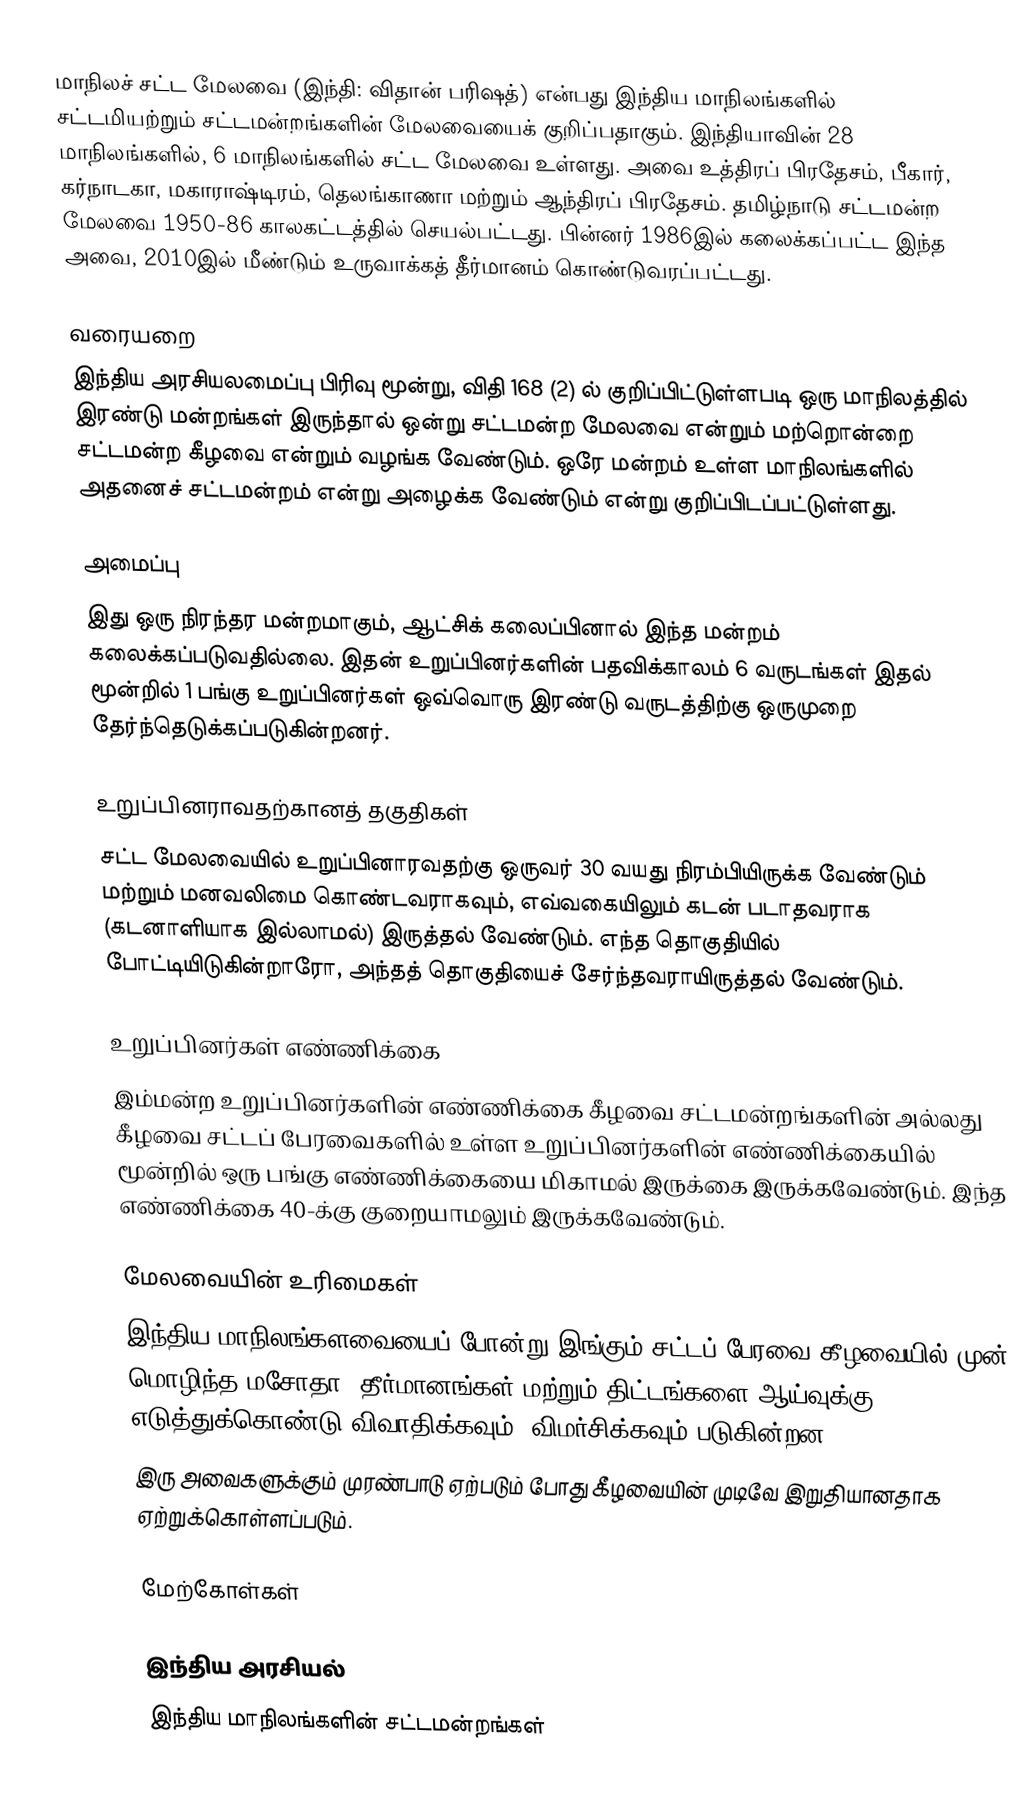
மாநிலச் சட்ட மேலவை (இந்தி: விதான் பரிஷத்) என்பது இந்திய மாநிலங்களில் சட்டமியற்றும் சட்டமன்றங்களின் மேலவையைக் குறிப்பதாகும். இந்தியாவின் 28 மாநிலங்களில், 6 மாநிலங்களில் சட்ட மேலவை உள்ளது. அவை உத்திரப் பிரதேசம், பீகார், கர்நாடகா, மகாராஷ்டிரம், தெலங்காணா மற்றும் ஆந்திரப் பிரதேசம். தமிழ்நாடு சட்டமன்ற மேலவை 1950-86 காலகட்டத்தில் செயல்பட்டது. பின்னர் 1986இல் கலைக்கப்பட்ட இந்த அவை, 2010இல் மீண்டும் உருவாக்கத் தீர்மானம் கொண்டுவரப்பட்டது.

வரையறை
இந்திய அரசியலமைப்பு பிரிவு மூன்று, விதி 168 (2) ல் குறிப்பிட்டுள்ளபடி ஒரு மாநிலத்தில் இரண்டு மன்றங்கள் இருந்தால் ஒன்று சட்டமன்ற மேலவை என்றும் மற்றொன்றை சட்டமன்ற கீழவை என்றும் வழங்க வேண்டும். ஒரே மன்றம் உள்ள மாநிலங்களில் அதனைச் சட்டமன்றம் என்று அழைக்க வேண்டும் என்று குறிப்பிடப்பட்டுள்ளது.

அமைப்பு
இது ஒரு நிரந்தர மன்றமாகும், ஆட்சிக் கலைப்பினால் இந்த மன்றம் கலைக்கப்படுவதில்லை. இதன் உறுப்பினர்களின் பதவிக்காலம் 6 வருடங்கள் இதல் மூன்றில் 1 பங்கு உறுப்பினர்கள் ஒவ்வொரு இரண்டு வருடத்திற்கு ஒருமுறை தேர்ந்தெடுக்கப்படுகின்றனர்.

உறுப்பினராவதற்கானத் தகுதிகள்
சட்ட மேலவையில் உறுப்பினாரவதற்கு ஒருவர் 30 வயது நிரம்பியிருக்க வேண்டும் மற்றும் மனவலிமை கொண்டவராகவும், எவ்வகையிலும் கடன் படாதவராக (கடனாளியாக இல்லாமல்)  இருத்தல் வேண்டும். எந்த தொகுதியில் போட்டியிடுகின்றாரோ, அந்தத் தொகுதியைச் சேர்ந்தவராயிருத்தல் வேண்டும்.

உறுப்பினர்கள் எண்ணிக்கை
இம்மன்ற உறுப்பினர்களின்  எண்ணிக்கை  கீழவை சட்டமன்றங்களின் அல்லது கீழவை சட்டப் பேரவைகளில் உள்ள உறுப்பினர்களின் எண்ணிக்கையில் மூன்றில் ஒரு பங்கு எண்ணிக்கையை மிகாமல் இருக்கை இருக்கவேண்டும். இந்த எண்ணிக்கை 40-க்கு குறையாமலும் இருக்கவேண்டும்.

மேலவையின் உரிமைகள்
இந்திய மாநிலங்களவையைப் போன்று இங்கும் சட்டப் பேரவை கீழவையில் முன் மொழிந்த மசோதா, தீர்மானங்கள் மற்றும் திட்டங்களை ஆய்வுக்கு எடுத்துக்கொண்டு விவாதிக்கவும், விமர்சிக்கவும் படுகின்றன.
இரு அவைகளுக்கும் முரண்பாடு ஏற்படும் போது கீழவையின் முடிவே இறுதியானதாக ஏற்றுக்கொள்ளப்படும்.

மேற்கோள்கள்

இந்திய அரசியல்
இந்திய மாநிலங்களின் சட்டமன்றங்கள்